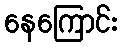
နေကြောင်း